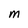
Character: M